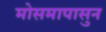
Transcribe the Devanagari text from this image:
मोसमापासुन